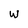
Character: w